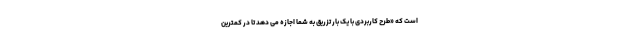
است که «طرح کاربردی با یک بار تزریق به شما اجازه می دهد تا در کمترین